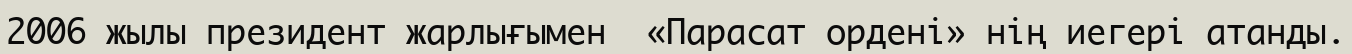
2006 жылы президент жарлығымен  «Парасат ордені» нің иегері атанды.